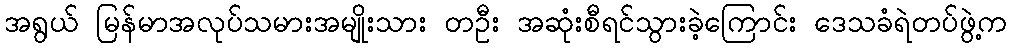
အရွယ် မြန်မာအလုပ်သမားအမျိုးသား တဦး အဆုံးစီရင်သွားခဲ့ကြောင်း ဒေသခံရဲတပ်ဖွဲ့က